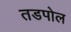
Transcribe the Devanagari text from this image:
तडपोल